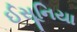
ઈસૂનિયા